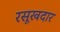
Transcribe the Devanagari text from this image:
रसूखदार